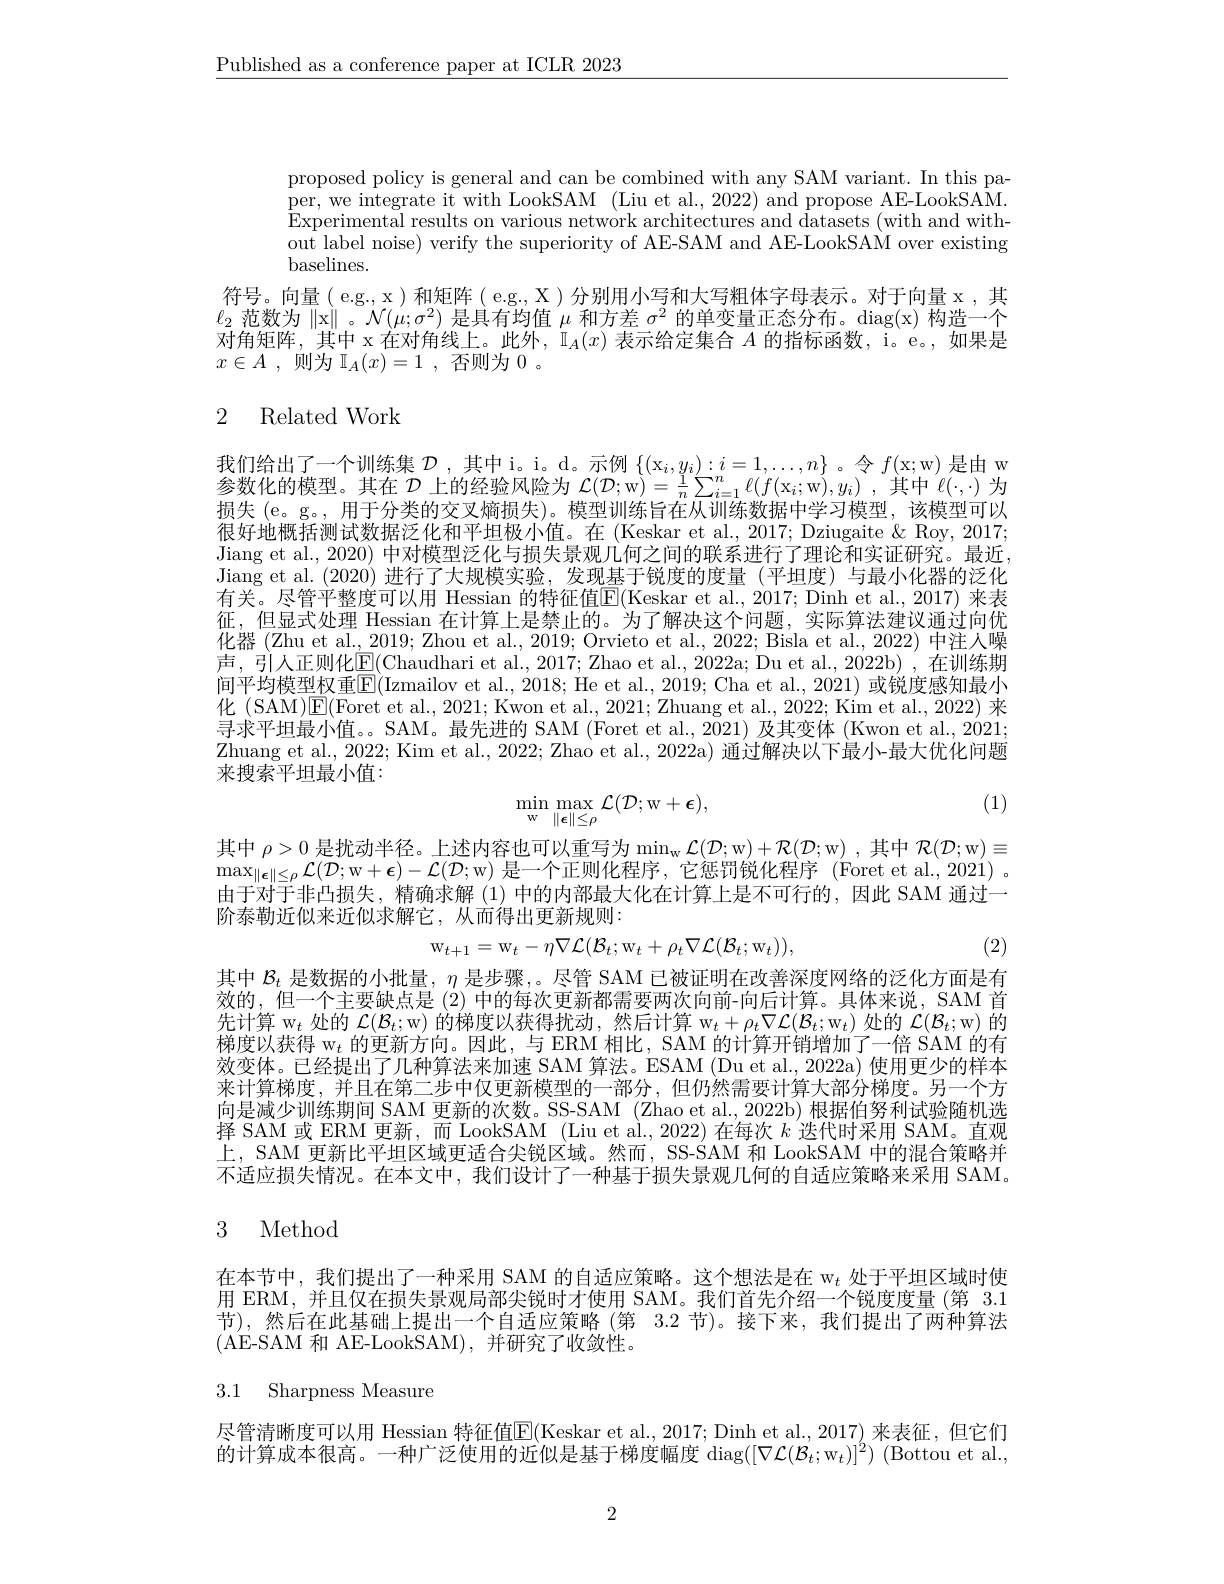
$\underline{\text{Published as a conference paper at ICLR 2023}}$

proposed policy is general and can be combined with any SAM variant. In this paper, we integrate it with LookSAM (Liu et al., 2022) and propose AE-LookSAM. Experimental results on various network architectures and datasets (with and without label noise) verify the superiority of AE-SAM and AE-LookSAM over existing baselines.
符号。向量( e.g., x)和矩阵( e.g., X) 分别用小写和大写粗体字母表示。对于向量 x ,其$\ell_2$范数为$\|$x$\|$。$\mathcal{N}(\mu;\sigma^2)$是具有均值$\mu$和方差$\sigma^2$的单变量正态分布。$\operatorname{diag(x)}$构造一个对角矩阵，其中 x 在对角线上。此外，$\mathbb{I}_A(x)$表示给定集合$A$的指标函数，i。e。,如果是$x\in A$ , 则为 $\mathbb{I} _A( x) = 1$ , 否则为 0 。

# 2 Related Work

我们给出了一个训练集$\mathcal{D}$ ,其中i。i。d。示例$\{(\mathrm{x}_i,y_i):i=1,\ldots,n\}$ 。令$f($x;w)是由 w 参数化的模型。其在$\mathcal{D}$上的经验风险为$\mathcal{L} ( \mathcal{D} ;$w$) = \frac 1n\sum _{i= 1}^n\ell ( f( \mathrm{x} _i;$w$) , y_i)$ ,其中$\ell(;\cdot)$为损失 (e。g。, 用于分类的交叉熵损失)。模型训练旨在从训练数据中学习模型，该模型可以很好地概括测试数据泛化和平坦极小值。在 (Keskar et al., 2017; Dziugaite & Roy, 2017; Jiang et al., 2020) 中对模型泛化与损失景观几何之间的联系进行了理论和实证研究。最近， Jiang et al. (2020)进行了大规模实验，发现基于锐度的度量(平坦度)与最小化器的泛化有关。尽管平整度可以用 Hessian 的特征值E(Keskar et al., 2017; Dinh et al., 2017) 来表征，但显式处理 Hessian 在计算上是禁止的。为了解决这个问题，实际算法建议通过向优化器 (Zhu et al., 2019; Zhou et al., 2019; Orvieto et al., 2022; Bisla et al., 2022) 中注人噪声，引人正则化$\underline{\mathrm{E}}($Chaudhari et al., 2017; Zhao et al., 2022a; Du et al., 2022b), 在训练期间平均模型权重$\mathbb{E}($Izmailov et al., 2018; He et al., 2019; Cha et al., 2021) 或锐度感知最小化 (SAM)$\overline{\mathrm{E}}($Foret et al., 2021; Kwon et al., 2021; Zhuang et al., 2022; Kim et al., 2022) 来寻求平坦最小值。。SAM。最先进的 SAM (Foret et al., 2021) 及其变体 (Kwon et al., 2021; Zhuang et al., 2022; Kim et al., 2022; Zhao et al., 2022a) 通过解决以下最小-最大优化问题来搜索平坦最小值：

(1)
$$\min_{\mathrm{w}}\max_{\|\epsilon\|\leq\rho}\mathcal{L}(\mathcal{D};\mathrm{w}+\epsilon),$$
其中$\rho>0$是扰动半径。上述内容也可以重写为$\min _\mathrm{w} \mathcal{L} ( \mathcal{D} ;$w)$+\mathcal{R}(\mathcal{D};$w) ,其中$\mathcal{R}(\mathcal{D};$w)$\equiv$ $\max_{\|\boldsymbol{\epsilon}\|\leq\rho}\mathcal{L}(\mathcal{D};$w$+\boldsymbol\epsilon)-\mathcal{L}(\mathcal{D};$w)是一个正则化程序，它惩罚锐化程序(Foret et al.,2021) 。由于对于非凸损失，精确求解(1)中的内部最大化在计算上是不可行的，因此 SAM 通过一阶泰勒近似来近似求解它，从而得出更新规则：
$$\mathrm{w}_{t+1}=\mathrm{w}_{t}-\eta\nabla\mathcal{L}(\mathcal{B}_{t};\mathrm{w}_{t}+\rho_{t}\nabla\mathcal{L}(\mathcal{B}_{t};\mathrm{w}_{t})),$$
(2)

其中$\mathcal{B}_t$是数据的小批量，$\eta$是步骤，。尽管 SAM 已被证明在改善深度网络的泛化方面是有效的，但一个主要缺点是 (2) 中的每次更新都需要两次向前-向后计算。具体来说，SAM 首先计算$\mathrm{w}_t$处的$\mathcal{L}(\mathcal{B}_t;$w) 的梯度以获得扰动，然后计算 w$_t+\rho_t\nabla\mathcal{L}(\mathcal{B}_t;$w$_t)$处的$\mathcal{L}(\mathcal{B}_t;$w) 的梯度以获得 w$_t$的更新方向。因此，与 ERM 相比，SAM 的计算开销增加了一倍 SAM 的有效变体。已经提出了几种算法来加速 SAM 算法。ESAM (Du et al., 2022a) 使用更少的样本来计算梯度，并且在第二步中仅更新模型的一部分，但仍然需要计算大部分梯度。另一个方向是减少训练期间 SAM 更新的次数。SS-SAM (Zhao et al.,2022b) 根据伯努利试验随机选择 SAM 或 ERM 更新，而 LookSAM (Liu et al., 2022) 在每次$k$迭代时采用 SAM。直观上，SAM 更新比平坦区域更适合尖锐区域。然而，SS-SAM 和 LookSAM 中的混合策略并不适应损失情况。在本文中，我们设计了一种基于损失景观几何的自适应策略来采用 SAM。

# 3 Method

在本节中，我们提出了一种采用 SAM 的自适应策略。这个想法是在 w$_t$处于平坦区域时使用 ERM,并且仅在损失景观局部尖锐时才使用 SAM。我们首先介绍一个锐度度量 (第 3.1节),然后在此基础上提出一个自适应策略(第 3.2 节)。接下来，我们提出了两种算法(AE-SAM 和 AE-LookSAM),并研究了收敛性。

# 3.1 Sharpness Measure

的计算成本很高。一种广泛使用的近似是基于梯度幅度$\operatorname { diag} ( [ \nabla \mathcal{L} ( \mathcal{B} _t; \mathrm{w} _t) ] ^2)$ (Bottou et al.,

2